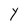
Character: Y